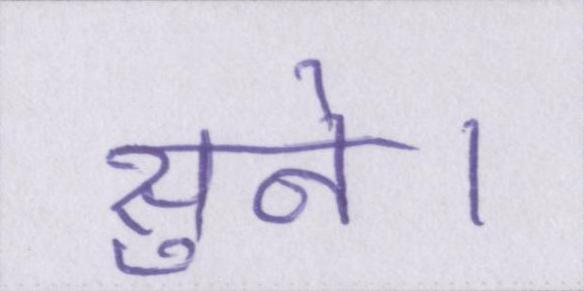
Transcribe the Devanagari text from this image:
सुने।